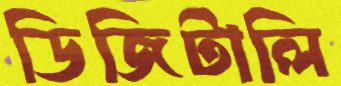
ডিজিটালি